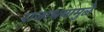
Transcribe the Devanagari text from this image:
राजाश्रयामुळे